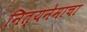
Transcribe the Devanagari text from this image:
नित्यनेमाचा